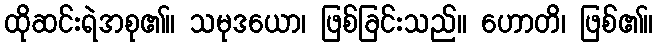
ထိုဆင်းရဲအစု၏။ သမုဒယော၊ ဖြစ်ခြင်းသည်။ ဟောတိ၊ ဖြစ်၏။